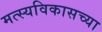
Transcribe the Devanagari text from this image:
मत्स्यविकासच्या